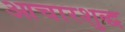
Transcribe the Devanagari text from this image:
आचारशुद्ध